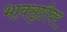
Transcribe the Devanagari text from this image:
भावसृष्टीवर